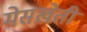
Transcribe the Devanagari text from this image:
मेसख़ेती